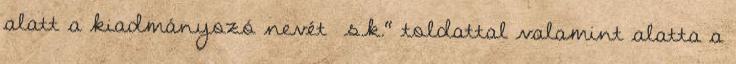
alatt a kiadmányozó nevét s.k." toldattal valamint alatta a